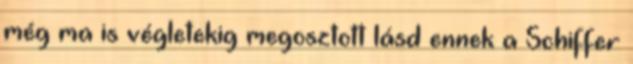
még ma is végletekig megosztott lásd ennek a Schiffer